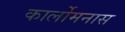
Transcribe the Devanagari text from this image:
कार्लोमनास